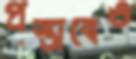
প্রস্তাবেও